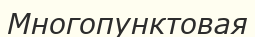
Многопунктовая